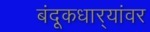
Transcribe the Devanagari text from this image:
बंदूकधार्‍यांवर